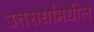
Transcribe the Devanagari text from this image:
उत्तरार्धामधील